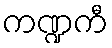
ကဏ္ဍကီ